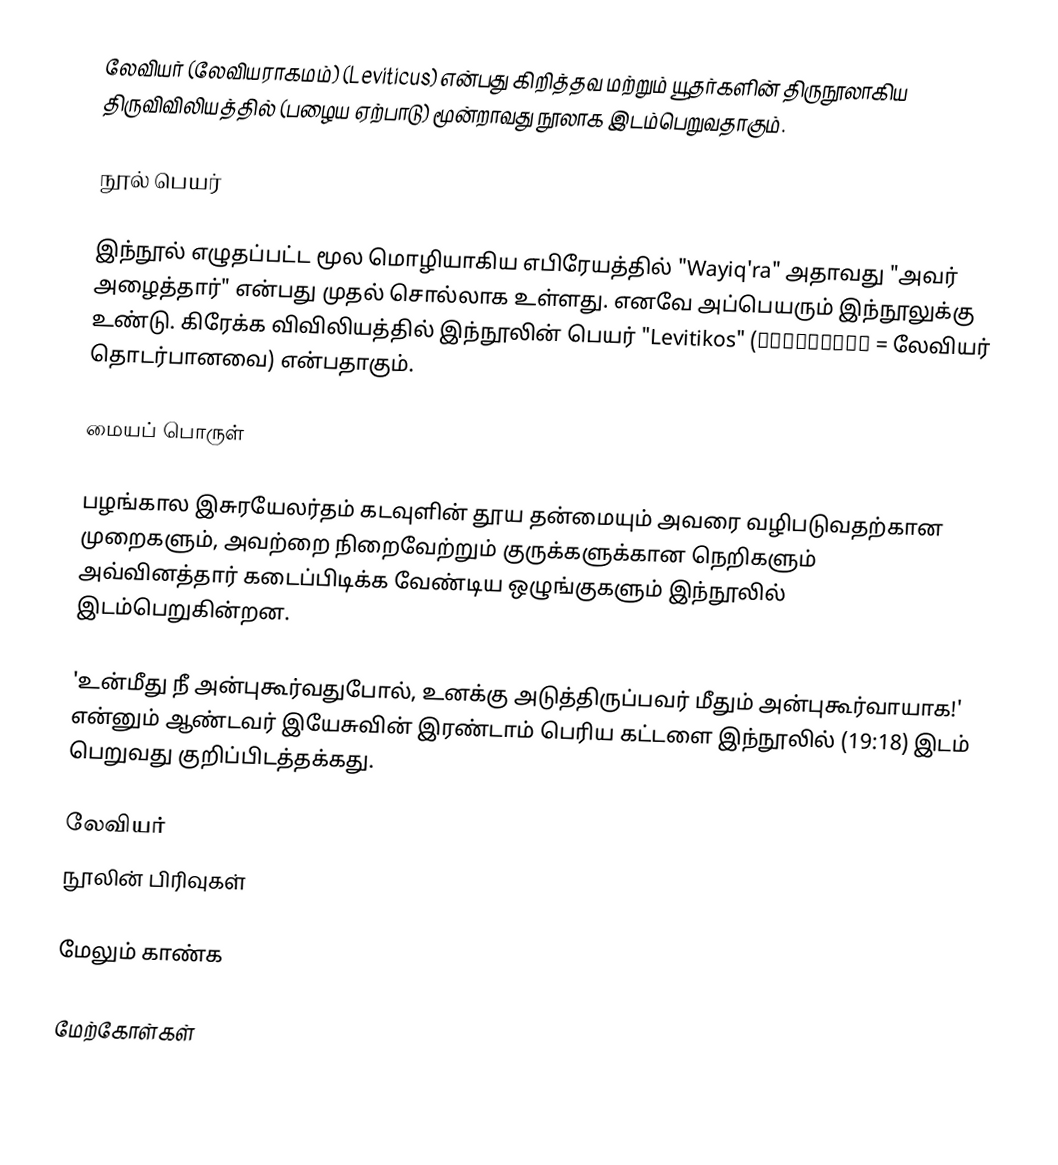
லேவியர் (லேவியராகமம்) (Leviticus) என்பது கிறித்தவ மற்றும் யூதர்களின் திருநூலாகிய திருவிவிலியத்தில் (பழைய ஏற்பாடு) மூன்றாவது நூலாக இடம்பெறுவதாகும்.

நூல் பெயர்

இந்நூல் எழுதப்பட்ட மூல மொழியாகிய எபிரேயத்தில் "Wayiq'ra" அதாவது "அவர் அழைத்தார்" என்பது முதல் சொல்லாக உள்ளது. எனவே அப்பெயரும் இந்நூலுக்கு உண்டு. கிரேக்க விவிலியத்தில் இந்நூலின் பெயர் "Levitikos" (Λευιτικός = லேவியர் தொடர்பானவை) என்பதாகும்.

மையப் பொருள்

பழங்கால இசுரயேலர்தம் கடவுளின் தூய தன்மையும் அவரை வழிபடுவதற்கான முறைகளும், அவற்றை நிறைவேற்றும் குருக்களுக்கான நெறிகளும் அவ்வினத்தார் கடைப்பிடிக்க வேண்டிய ஒழுங்குகளும் இந்நூலில் இடம்பெறுகின்றன.

'உன்மீது நீ அன்புகூர்வதுபோல், உனக்கு அடுத்திருப்பவர் மீதும் அன்புகூர்வாயாக!' என்னும் ஆண்டவர் இயேசுவின் இரண்டாம் பெரிய கட்டளை இந்நூலில் (19:18) இடம் பெறுவது குறிப்பிடத்தக்கது.

லேவியர்
நூலின் பிரிவுகள்

மேலும் காண்க

மேற்கோள்கள்